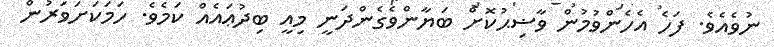
ނުވެއެވެ. ފަހެ އެހެންވުމުން ވާޟިޙުކޮށް ބަޔާންވެގެންދަނީ މިއީ ބިދުޢައެއް ކަމެވެ. ހަމަކަށަވަރުން